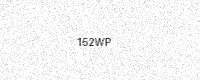
Text: 152WP